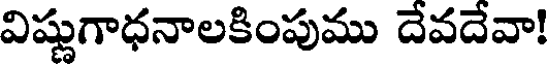
విష్ణుగాధనాలకింపుము దేవదేవా!